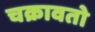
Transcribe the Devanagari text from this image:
चक्रावतो